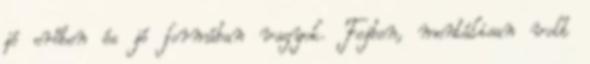
jó erőben és jó formában vagyok. Fejben, mentálisan volt